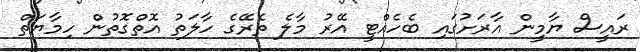
ރައީސް ޔާމީން އާރަށުގައި ބެހެއްޓީ އޭރު މާލެ ތެރޭގެ ހާލަތު އޮތްގޮތުން ހިމާޔަތް